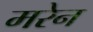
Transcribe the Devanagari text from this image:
मरेन